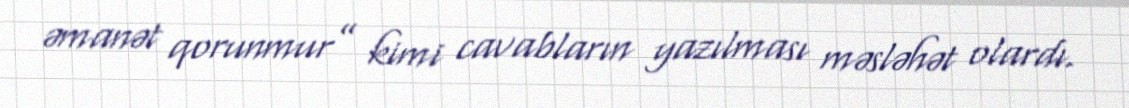
əmanət qorunmur” kimi cavabların yazılması məsləhət olardı.